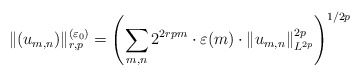
\begin{align*}\|(u_{m,n})\|_{r,p}^{(\varepsilon_0)}=\left(\sum_{m,n}2^{2rpm}\cdot \varepsilon(m)\cdot\|u_{m,n}\|_{L^{2p}}^{2p}\right)^{1/{2p}}\end{align*}